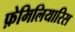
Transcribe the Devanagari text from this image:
फ़ेमिलियारिस